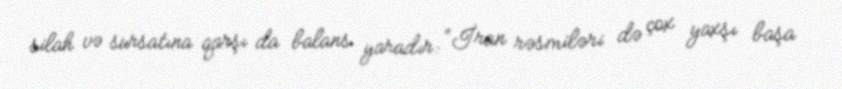
silah və sursatına qarşı da balans yaradır: “İran rəsmiləri də çox yaxşı başa